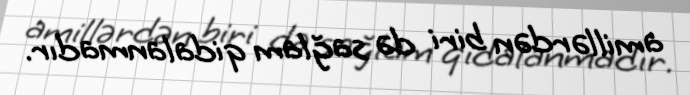
amillərdən biri də sağlam qidalanmadır.